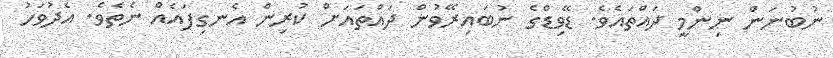
ނުބުނަން ނިންމީ ދައްތައެވެ. ޑޭވިޑްގެ ނުބައިރޭވުން ދައްތައަށް ކުރިން އެނގިފައެއް ނެތެވެ. އެދުވަހު